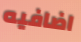
اضافيه